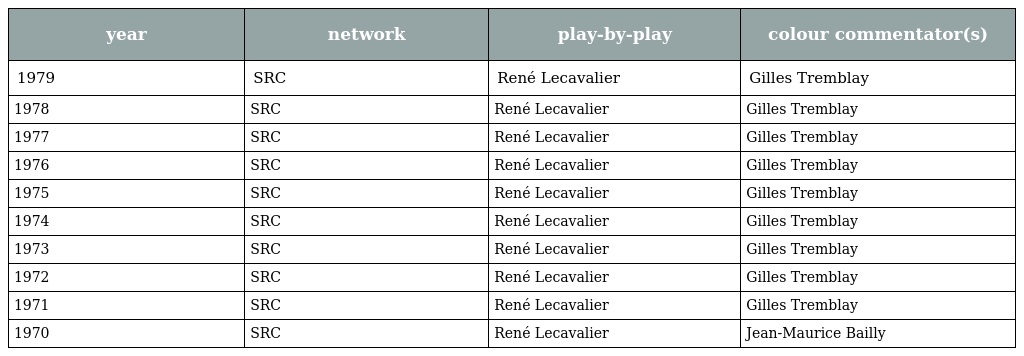
| year | network | play-by-play | colour commentator(s) |
 | --- | --- | --- | --- |
 | 1979 | SRC | René Lecavalier | Gilles Tremblay |
 | 1978 | SRC | René Lecavalier | Gilles Tremblay |
 | 1977 | SRC | René Lecavalier | Gilles Tremblay |
 | 1976 | SRC | René Lecavalier | Gilles Tremblay |
 | 1975 | SRC | René Lecavalier | Gilles Tremblay |
 | 1974 | SRC | René Lecavalier | Gilles Tremblay |
 | 1973 | SRC | René Lecavalier | Gilles Tremblay |
 | 1972 | SRC | René Lecavalier | Gilles Tremblay |
 | 1971 | SRC | René Lecavalier | Gilles Tremblay |
 | 1970 | SRC | René Lecavalier | Jean-Maurice Bailly |